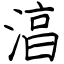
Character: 湻